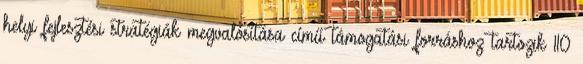
helyi fejlesztési stratégiák megvalósítása című támogatási forráshoz tartozik 110